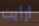
أرأيت